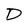
Character: D